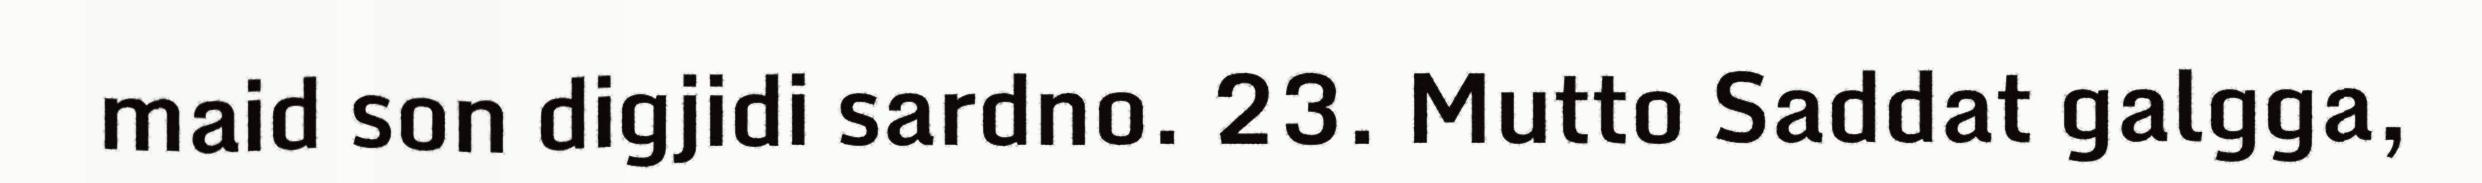
maid son digjidi sardno. 23. Mutto Saddat galgga,